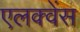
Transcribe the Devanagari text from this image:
एलक्वेंस